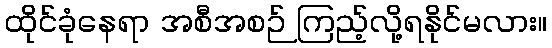
ထိုင်ခုံနေရာ အစီအစဉ် ကြည့်လို့ရနိုင်မလား။